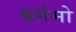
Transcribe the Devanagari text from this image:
बर्गमो